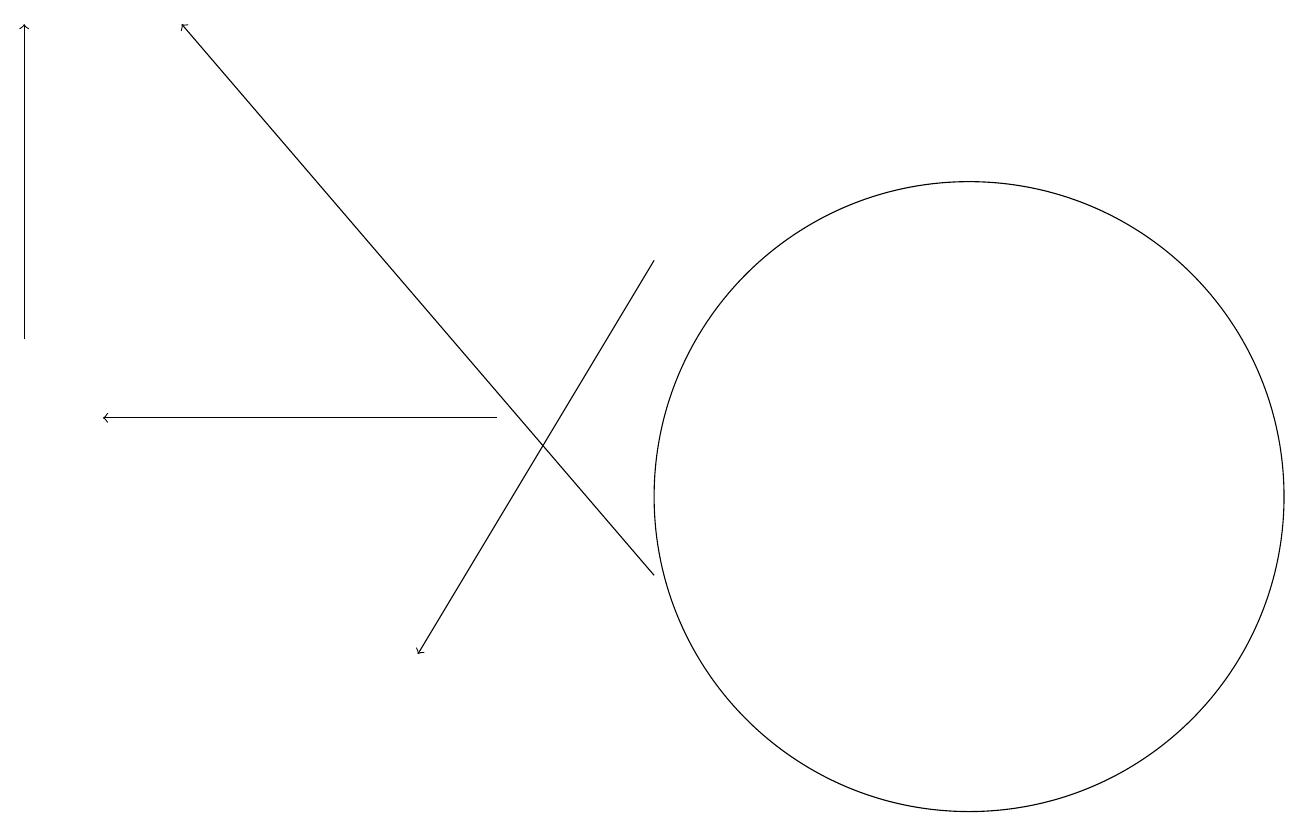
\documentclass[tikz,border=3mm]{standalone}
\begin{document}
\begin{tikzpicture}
\draw[->] (6,13) -- (1,13);
\draw (12,12) circle (4);
\draw[->] (8,11) -- (2,18);
\draw[->] (0,14) -- (0,18);
\draw[->] (8,15) -- (5,10);
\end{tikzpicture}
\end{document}